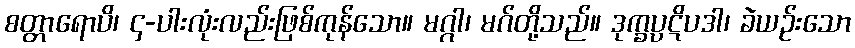
စတ္တာရောပိ၊ ၄-ပါးလုံးလည်းဖြစ်ကုန်သော။ မဂ္ဂါ၊ မဂ်တို့သည်။ ဒုက္ခပ္ပဋိပဒါ၊ ခဲယဉ်းသော